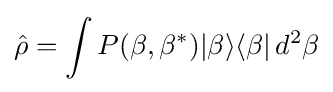
{\hat {\rho }}=\int P(\beta ,\beta ^{*})|{\beta }\rangle \langle {\beta }|\,d^{2}\beta